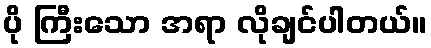
ပို ကြီးသော အရာ လိုချင်ပါတယ်။